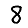
Digit: 8